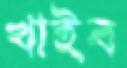
খাইব